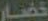
خضار